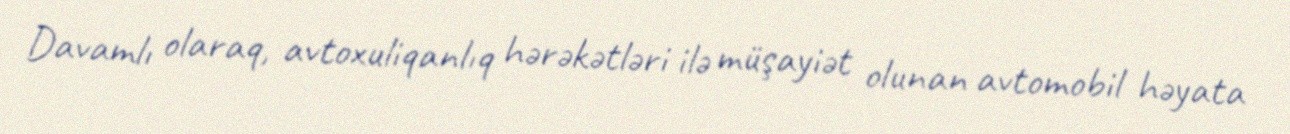
Davamlı olaraq, avtoxuliqanlıq hərəkətləri ilə müşayiət olunan avtomobil həyata